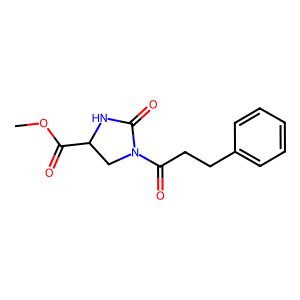
SMILES: COC(=O)C1CN(C(=O)CCc2ccccc2)C(=O)N1
Inhibits HIV replication: No